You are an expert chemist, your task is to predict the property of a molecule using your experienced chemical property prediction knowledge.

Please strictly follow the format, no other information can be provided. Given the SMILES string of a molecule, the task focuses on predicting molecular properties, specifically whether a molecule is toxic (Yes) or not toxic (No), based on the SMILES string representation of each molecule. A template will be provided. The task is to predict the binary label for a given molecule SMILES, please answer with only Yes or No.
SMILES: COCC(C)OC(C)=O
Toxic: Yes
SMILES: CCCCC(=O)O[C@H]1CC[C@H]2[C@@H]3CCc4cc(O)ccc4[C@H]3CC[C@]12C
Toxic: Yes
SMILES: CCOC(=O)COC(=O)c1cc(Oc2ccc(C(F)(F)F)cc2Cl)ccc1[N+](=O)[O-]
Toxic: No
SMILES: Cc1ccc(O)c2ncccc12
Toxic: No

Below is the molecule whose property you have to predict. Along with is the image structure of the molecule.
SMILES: O=C(c1ccc2c(c1)C(=O)OC2=O)c1ccc2c(c1)C(=O)OC2=O
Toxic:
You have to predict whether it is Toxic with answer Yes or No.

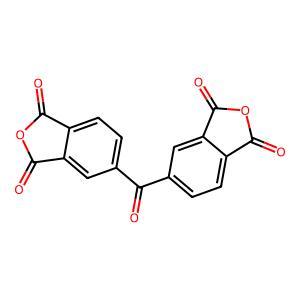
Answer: No